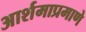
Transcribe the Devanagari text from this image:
आर्शमाप्रमाणे